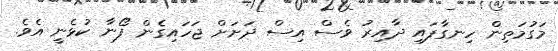
މަގުމަތިން ހިނގާފައި ދާއިރު ވެސް އިސް ދަށަށް ޖަހައިގެން ފޯނާ ކުޅެނީ އެވެ.